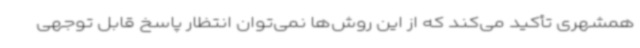
همشهری تأکید می‌کند که از این روش‌ها نمی‌توان انتظار پاسخ‌ قابل توجهی